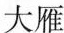
大雁